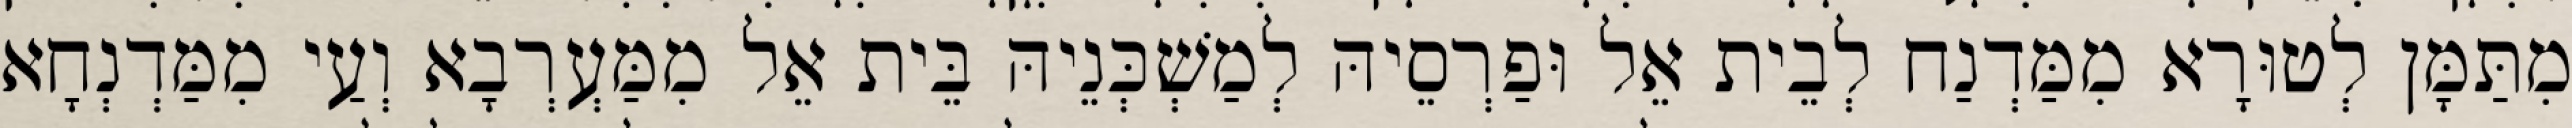
מִתַּמָּן לְטוּרָא מִמַּדְנַח לְבֵית אֵל וּפַרְסֵיהּ לְמַשְׁכְּנֵיהּ בֵּית אֵל מִמַּעְרְבָא וְעַי מִמַּדְנְחָא